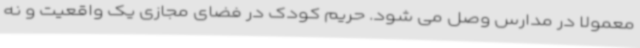
معمولا در مدارس وصل می شود. حریم کودک در فضای مجازی یک واقعیت و نه